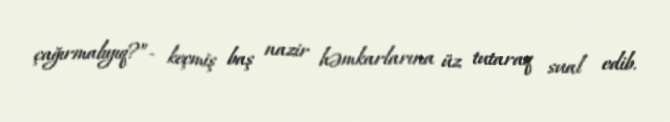
çağırmalıyıq?”- keçmiş baş nazir həmkarlarına üz tutaraq sual edib.